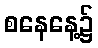
စနေနေ့၌